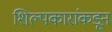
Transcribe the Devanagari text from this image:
शिल्पकारांकडून